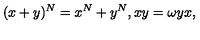
( x + y ) ^ { N } = x ^ { N } + y ^ { N } , x y = \omega y x ,